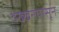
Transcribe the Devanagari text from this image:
दख्खनपासून